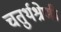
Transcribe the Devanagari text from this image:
चतुर्थश्रेणी